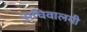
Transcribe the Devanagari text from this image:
सचिवालयी